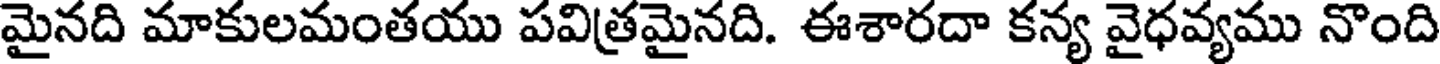
మైనది మాకులమంతయు పవిత్రమైనది. ఈశారదా కన్య వైధవ్యము నొంది